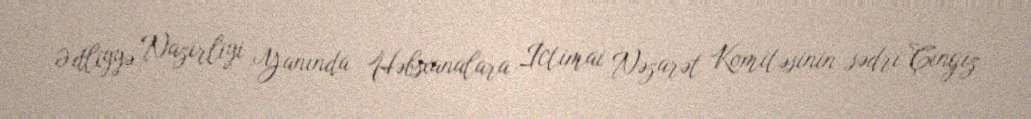
Ədliyyə Nazirliyi Yanında Həbsxanalara İctimai Nəzarət Komitəsinin sədri Çingiz